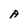
Character: A